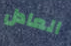
العادل